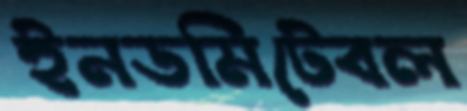
ইনডমিটেবল